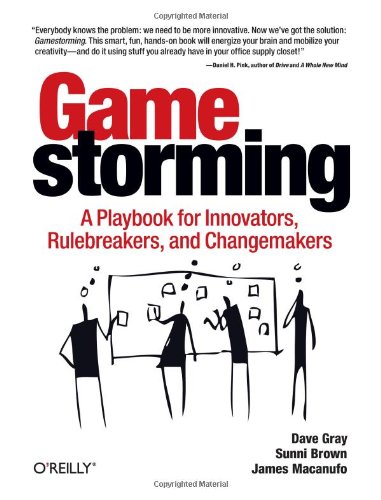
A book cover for Gamestorming: A Playbook for Innovators, Rulebreakers, and Changemakers; Dave Gray; Computers & Technology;